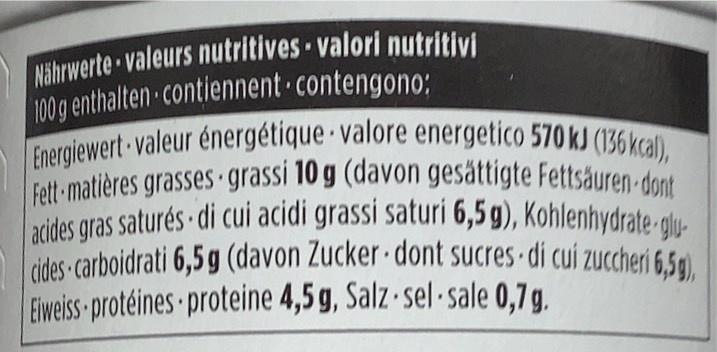
Nährwerte valeurs nutritives valori nutritivi 100g enthalten contiennent contengono: Energiewert valeur énergétique · valore energetico 570 kJ (136kcal), Fett-matières grasses grassi 10 g (davon gesättigte Fettsäuren-dont acides gras saturés di cui acidi grassi saturi 6,5 g), Kohlenhydrate- glu- cides-carboidrati 6,5g (davon Zucker dont sucres di cui zuccheri 6,59), Eiweiss-protéines proteine 4,5 g, Salz sel · sale 0,7g.